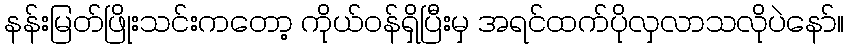
နန်းမြတ်ဖြိုးသင်းကတော့ ကိုယ်ဝန်ရှိပြီးမှ အရင်ထက်ပိုလှလာသလိုပဲနော်။